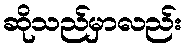
ဆိုသည်မှာလည်း